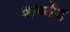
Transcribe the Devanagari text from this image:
वार्ष्नेय